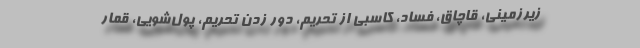
زیرزمینی، قاچاق، فساد، کاسبی از تحریم، دور زدن تحریم، پول‌شویی، قمار